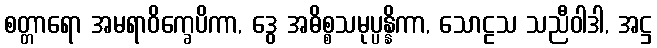
စတ္တာရော အမရာဝိက္ခေပိကာ, ဒွေ အဓိစ္စသမုပ္ပန္နိကာ, သောဠသ သညီဝါဒါ, အဋ္ဌ